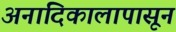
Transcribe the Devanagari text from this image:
अनादिकालापासून